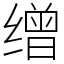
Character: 缯